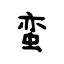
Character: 蛮